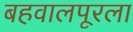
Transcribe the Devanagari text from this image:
बहवालपूरला